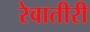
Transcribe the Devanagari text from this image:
रेवातीरी